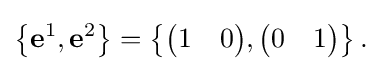
\left\{\mathbf {e} ^{1},\mathbf {e} ^{2}\right\}=\left\{{\begin{pmatrix}1&0\end{pmatrix}},{\begin{pmatrix}0&1\end{pmatrix}}\right\}{\text{.}}